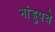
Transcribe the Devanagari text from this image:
भांडुपचे